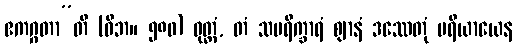
ဧကဂ္ဂတာ”တိ (ဝိဘ။ ၅၈၀) ဝုတ္တံ, တံ သပရိက္ခာရံ ဈာနံ ဒဿေတုံ ပရိယာယေန